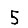
Digit: 5